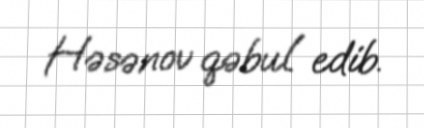
Həsənov qəbul edib.